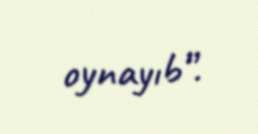
oynayıb”.